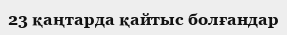
23 қаңтарда қайтыс болғандар